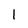
Character: 1